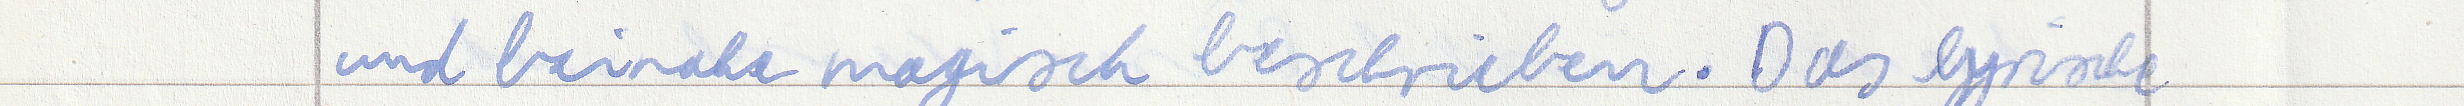
und beinahe magisch beschrieben. Das lyrische